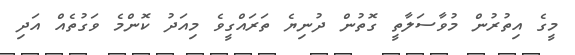
މީގެ އިތުރުން މުވާސަލާތީ ގޮތުން ދުނިޔެ ތަރައްގީވެ މިއަދު ކޮންމެ ވަގުތެއް އަދި